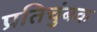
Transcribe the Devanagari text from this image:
प्रतिचुंबक